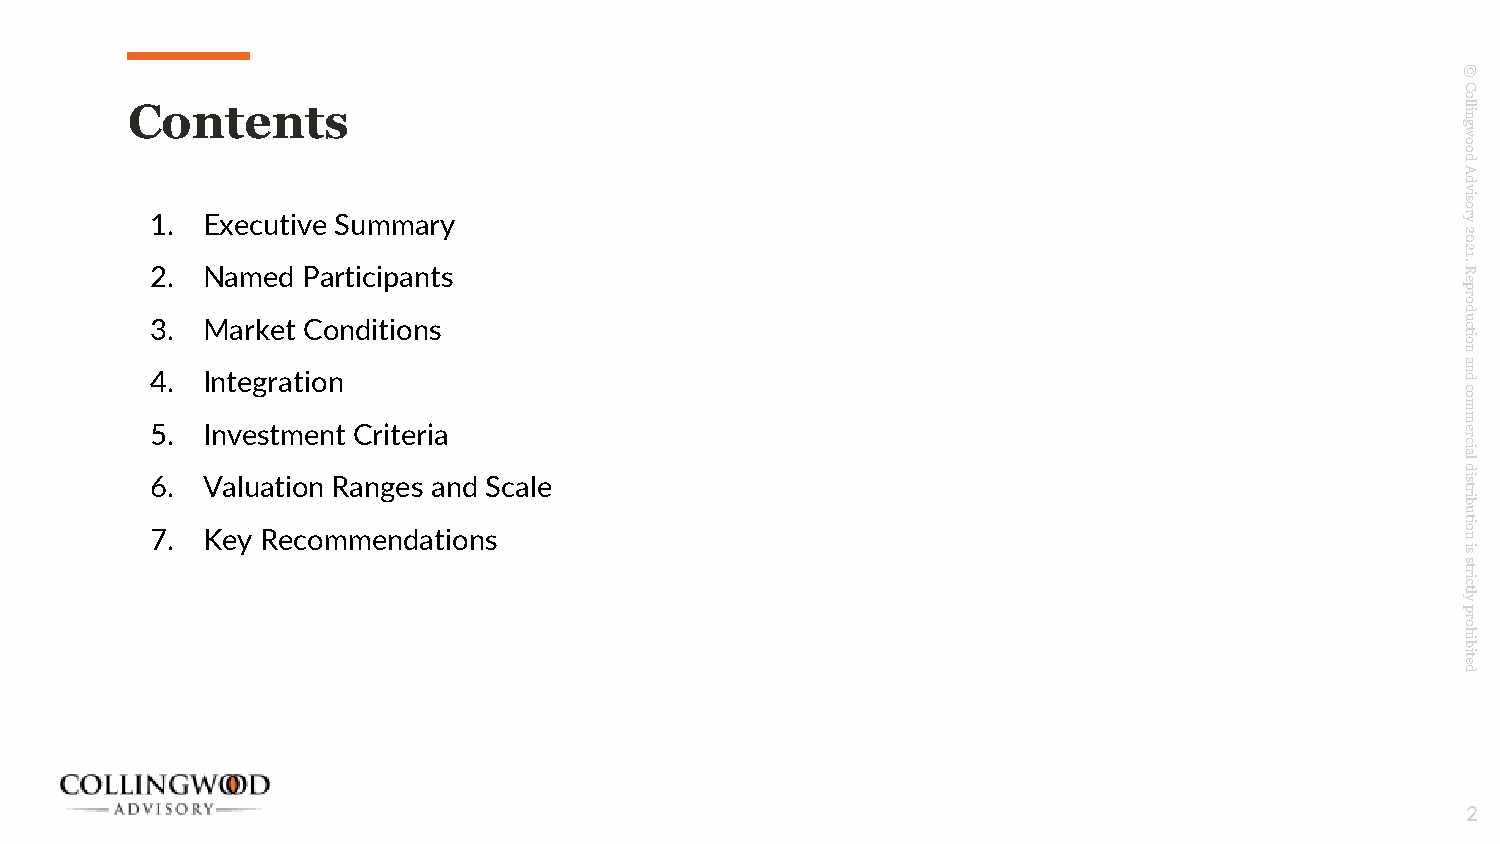
©
 C
 o
 Contents                                                                                 nill
 g
 w
 o
 o
 d
 A
 d
 v
 si
 o
 1. Executive Summary                                                                   yr
 2
 0
 2
 2. Named  Participants                                                                 R
 .1
 e
 p
 or
 d
 3. Market Conditions                                                                   cu
 oit
 n
 a
 4. Integration                                                                         dn
 c
 o
 m
 m
 5. Investment Criteria                                                                 e
 cr
 ai
 d
 l
 6. Valuation Ranges and Scale                                                          si
 birt
 u
 7. Key Recommendations
 noit
 si
 s
 cirt
 ylt
 p
 or
 h
 bi
 eti
 d
 2